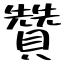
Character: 贊